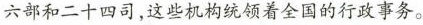
六部和二十四司，这些机构统领着全国的行政事务。